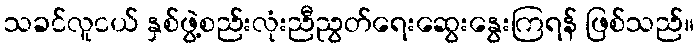
သခင်လူငယ် နှစ်ဖွဲ့စည်းလုံးညီညွတ်ရေးဆွေးနွေးကြရန် ဖြစ်သည်။